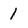
Character: 1